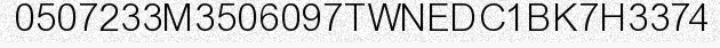
0507233M3506097TWNEDC1BK7H3374